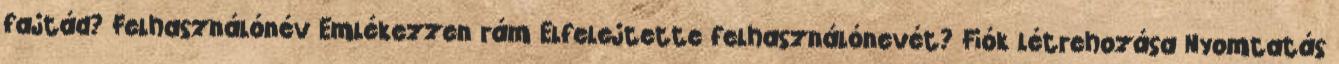
fajtád? Felhasználónév Emlékezzen rám Elfelejtette felhasználónevét? Fiók létrehozása Nyomtatás